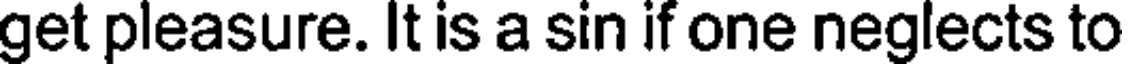
get pleasure. It is a sin if one neglects to